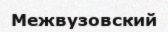
Межвузовский